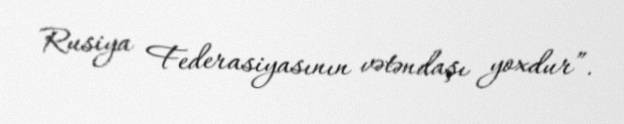
Rusiya Federasiyasının vətəndaşı yoxdur”.